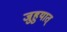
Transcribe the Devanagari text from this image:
जुहुयात्‌